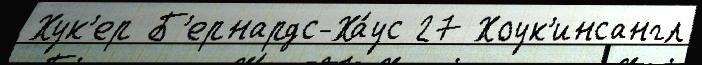
Хук'ер Б'ернардс-Ха́ус 27 Хоук'инсангл